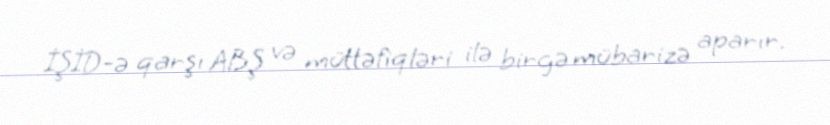
İŞİD-ə qarşı ABŞ və müttəfiqləri ilə birgə mübarizə aparır.